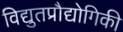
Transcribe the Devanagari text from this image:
विद्युतप्रौद्योगिकी